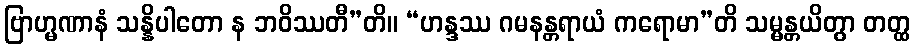
ဗြာဟ္မဏာနံ သန္နိပါတော န ဘဝိဿတီ”တိ။ “ဟန္ဒဿ ဂမနန္တရာယံ ကရောမာ”တိ သမ္မန္တယိတွာ တတ္ထ